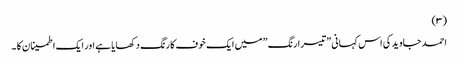
(۳)
احمد جاوید کی اس کہانی ”تیسرا رنگ ” میں ایک خوف کا رنگ دکھایا ہے اور ایک اطمینان کا ۔